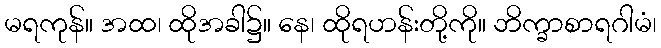
မရကုန်။ အထ၊ ထိုအခါ၌။ နေ၊ ထိုရဟန်းတို့ကို။ ဘိက္ခာစာရဂါမံ၊